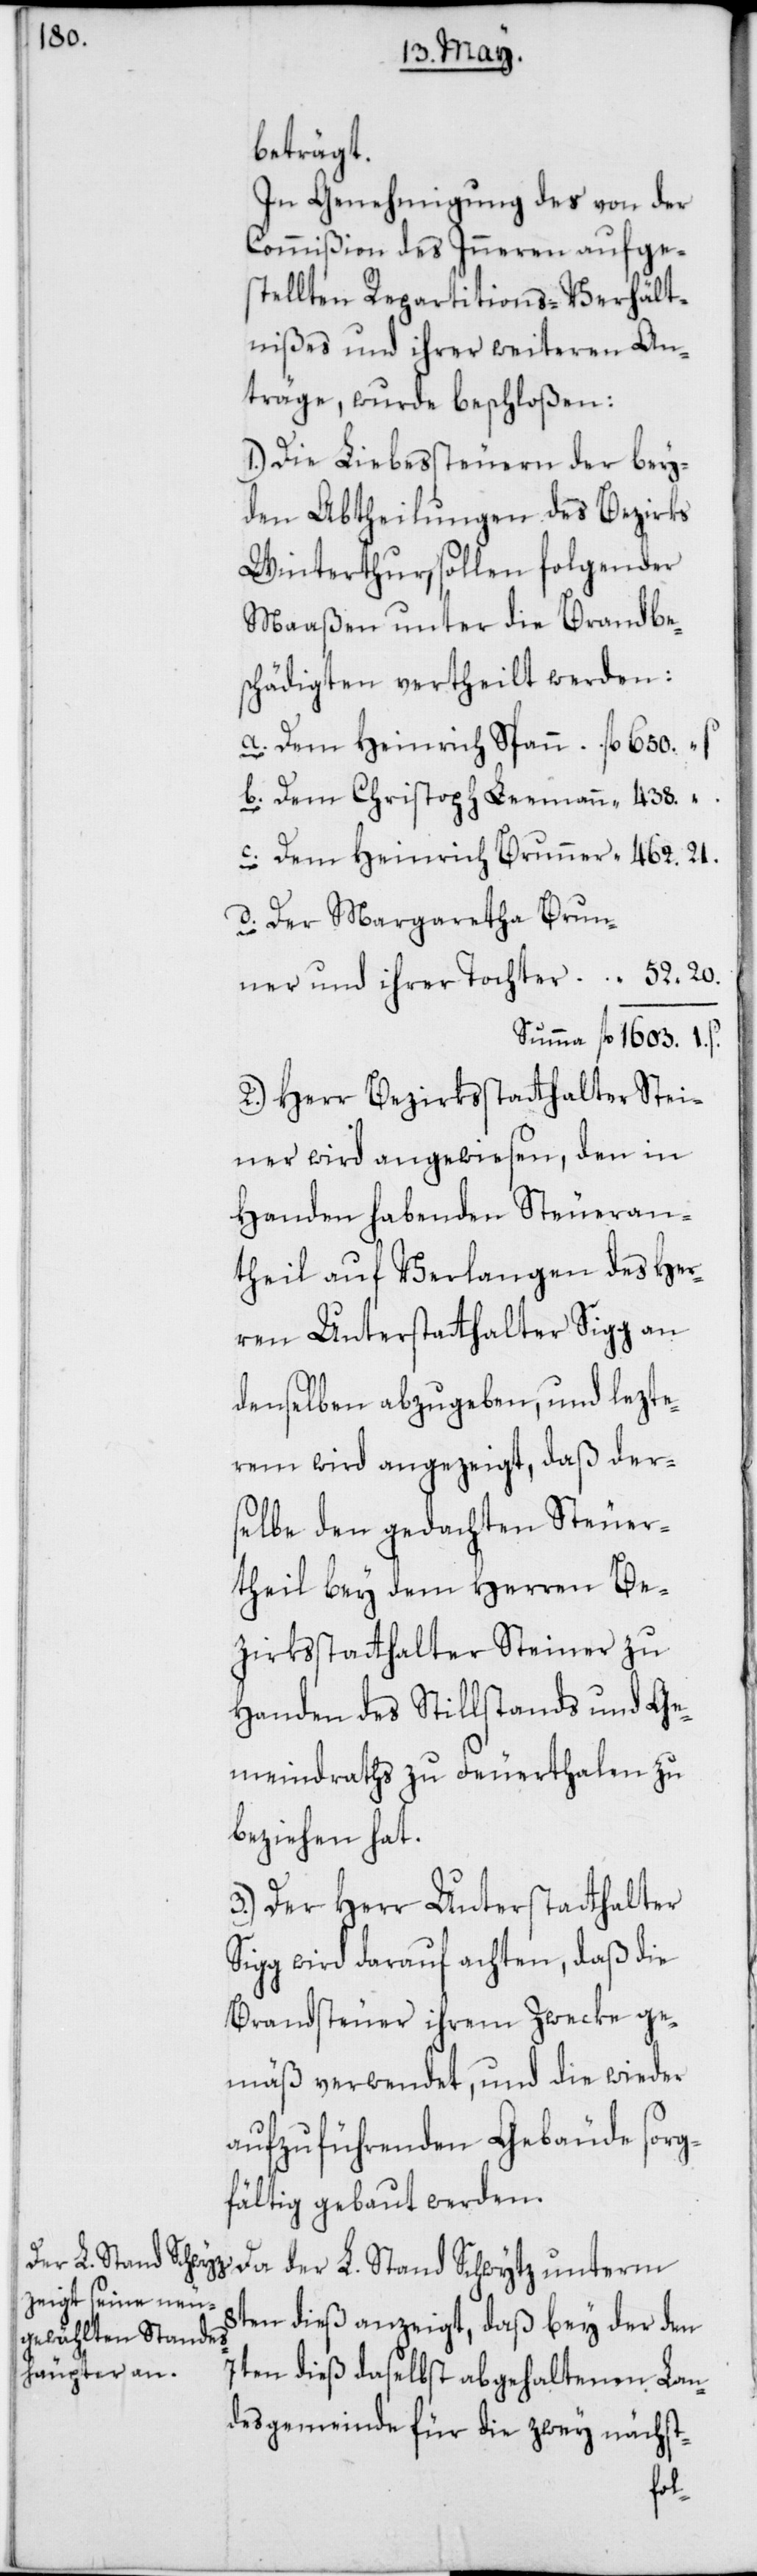
beträgt.
In Genehmigung des von der
Commißion des Inneren aufge¬
stellten Repartitions-Verhält¬
nißes und ihrer weiteren An¬
träge, wurde beschloßen:
1.) Die Liebessteuern der bey¬
den Abbtheilungen des Bezirks
Winterthur, sollen folgender
Maaßen unter die Brandbe¬
schädigten vertheilt werden:
a. Dem Heinrich Spann 	fl. 650. –
b. Dem Christoph Leemann	 “
c. Dem Heinrich Brunner 	 “ 462. 21.
d. Der Margaretha Brun¬
ner und ihrer Tochter	 “ 52. 20.
Summa 	fl. 1603. 1.
2.) Herr Bezirksstatthalter Stei¬
ner wird angewiesen, den in
Handen habenden Steueran¬
theil auf Verlangen des Her¬
ren Unterstatthalter Sigg an
denselben abzugeben, und lezte¬
rem wird angezeigt, daß der¬
selbe den gedachten Steuer¬
theil bey dem Herren Be¬
zirksstatthalter Steiner zu
Handen des Stillstands und Ge¬
meindraths zu Feuerthalen zu
beziehen hat.
3.) Der Herr Unterstatthalter
Sigg wird darauf achten, daß die
Brandsteuer ihrem Zwecke ge¬
mäß verwendet, und die wieder
aufzuführenden Gebäude sorg¬
fältig gebaut werden.
Da der L. Stand Schwytz unterm
8ten dieß anzeigt, daß bey der den
7ten dieß daselbst abgehaltenen Lan¬
desgemeinde für die zwey nächst-